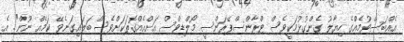
އެއްބަސްވުމެއްގެ ހިޔާލު ގެންގުޅުމަކީވެސް ޓްރާންސްޕޭރަންސީ މޯލްޑިވްސް އަށްއެއްގޮތަކަށްވެސް ބަލައިގަނެވޭ ކަމެއް ނޫން". އެ